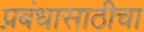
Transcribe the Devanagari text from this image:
प्रबंधासाठीचा